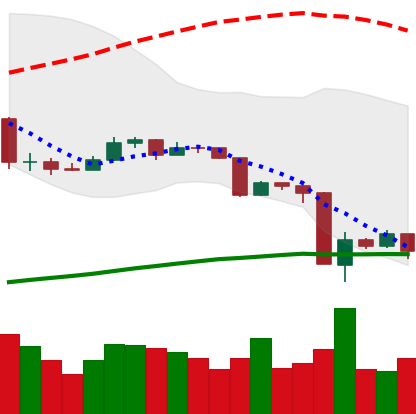
Ticker: ETC-USD
Chart end date: 2020-03-16
Forward return: 12.625%
Label: up_7plus